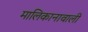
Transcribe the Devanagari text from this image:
मालिकानावाली